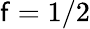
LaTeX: \mathsf{f}=1/2